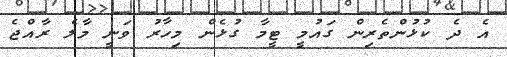
އެ ދެ ކުޅުންތެރިން ގައުމީ ޓީމާ ގުޅެން މިހާރު ވަނީ މާލެ ރާއްޖެ